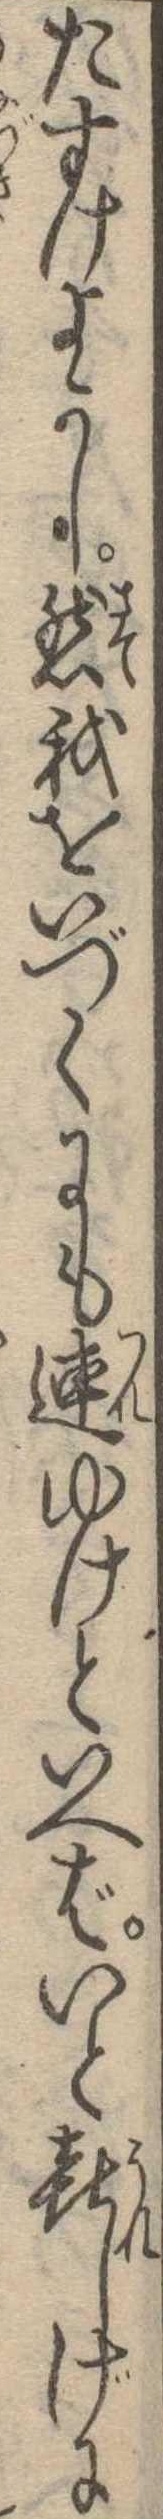
たすけよかし然我をいづくにも連ゆけといへばいと喜しげに